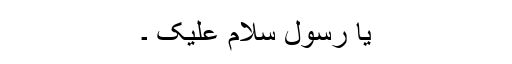
یا رسول سلام علیک ۔